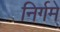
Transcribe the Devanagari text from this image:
निर्गमे